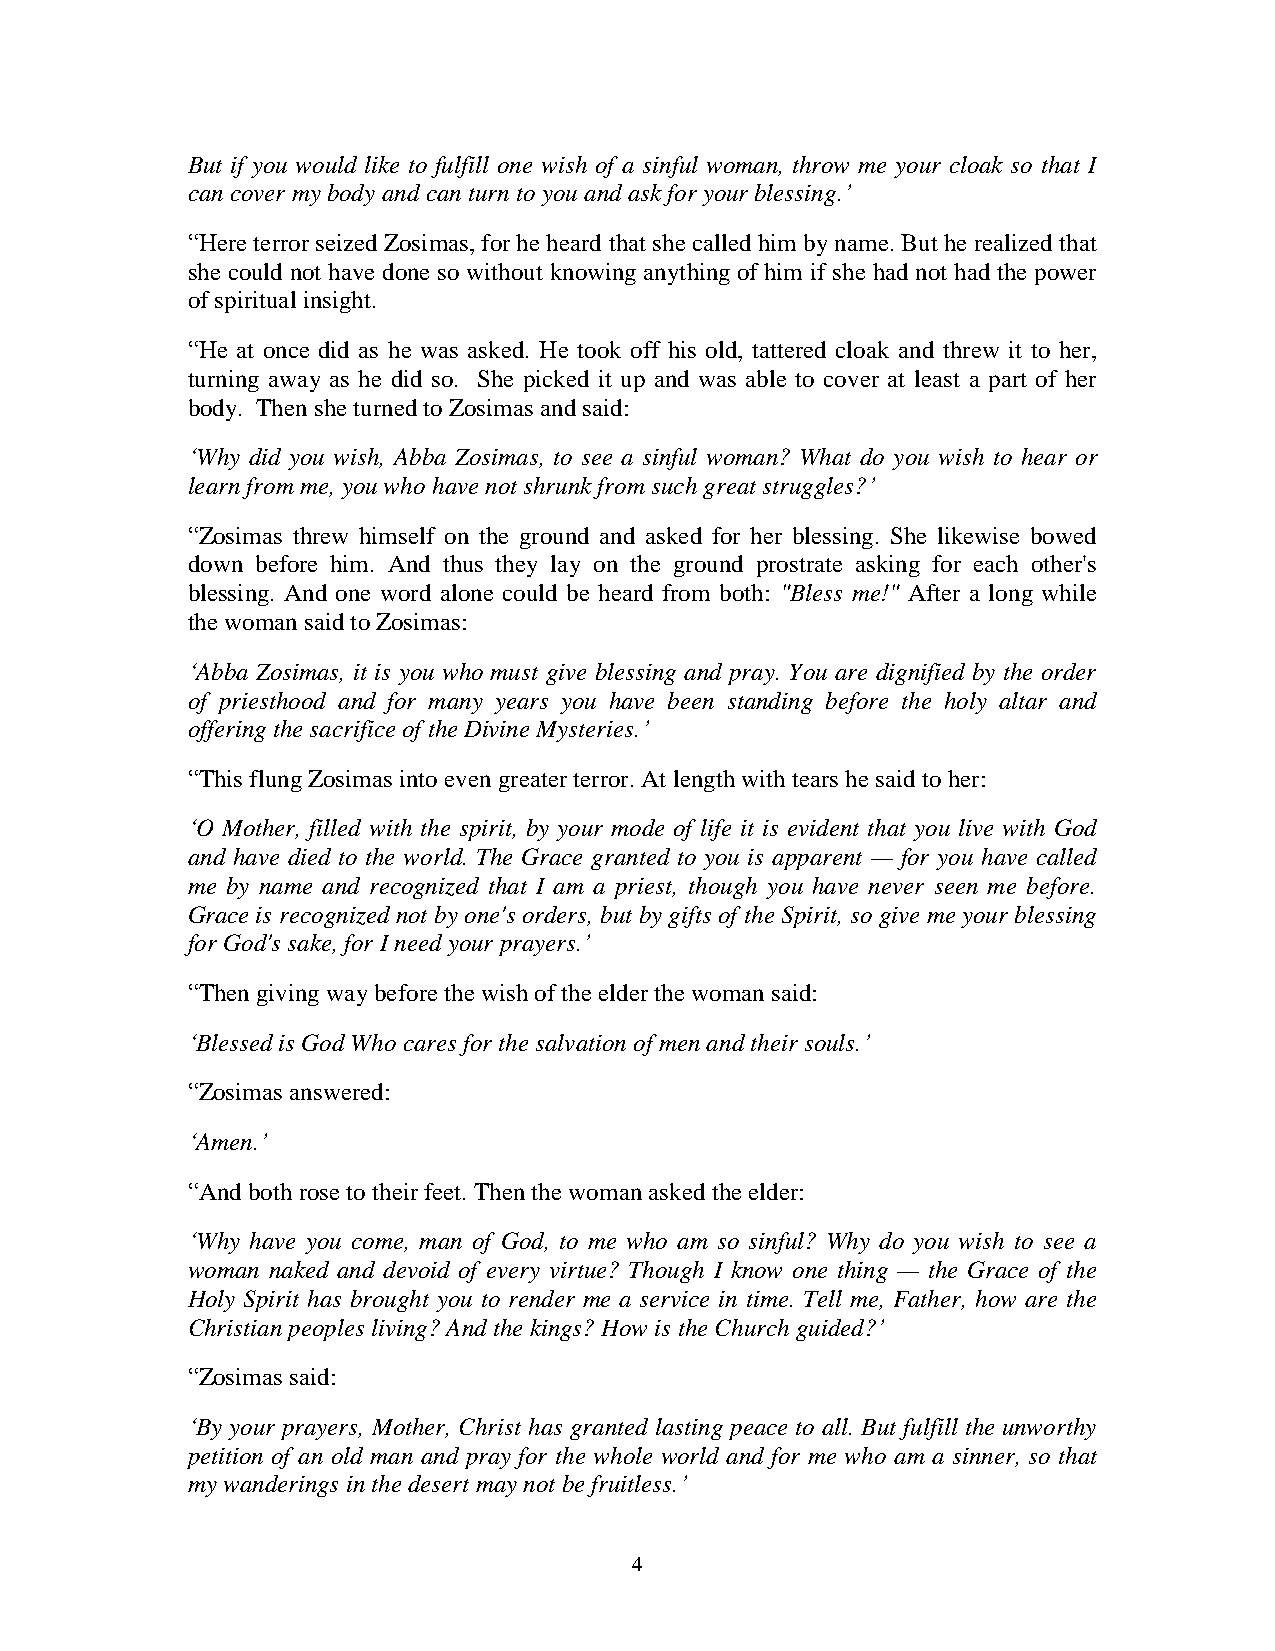
But if you would like to fulfill one wish of a sinful woman, throw me your cloak so that I
 can cover my body and can turn to you and ask for your blessing.’
 “Here terror seized Zosimas, for he heard that she called him by name. But he realized that
 she could not have done so without knowing anything of him if she had not had the power
 of spiritual insight.
 “He at once did as he was asked. He took off his old, tattered cloak and threw it to her,
 turning away as he did so. She picked it up and was able to cover at least a part of her
 body. Then she turned to Zosimas and said:
 ‘Why did you wish, Abba Zosimas, to see a sinful woman? What do you wish to hear or
 learn from me, you who have not shrunk from such great struggles?’
 “Zosimas threw himself on the ground and asked for her blessing. She likewise bowed
 down before him. And thus they lay on the ground prostrate asking for each other's
 blessing. And one word alone could be heard from both: "Bless me!" After a long while
 the woman said to Zosimas:
 ‘Abba Zosimas, it is you who must give blessing and pray. You are dignified by the order
 of priesthood and for many years you have been standing before the holy altar and
 offering the sacrifice of the Divine Mysteries.’
 “This flung Zosimas into even greater terror. At length with tears he said to her:
 ‘O Mother, filled with the spirit, by your mode of life it is evident that you live with God
 and have died to the world. The Grace granted to you is apparent — for you have called
 me by name and recognized that I am a priest, though you have never seen me before.
 Grace is recognized not by one's orders, but by gifts of the Spirit, so give me your blessing
 for God's sake, for I need your prayers.’
 “Then giving way before the wish of the elder the woman said:
 ‘Blessed is God Who cares for the salvation of men and their souls.’
 “Zosimas answered:
 ‘Amen.’
 “And both rose to their feet. Then the woman asked the elder:
 ‘Why have you come, man of God, to me who am so sinful? Why do you wish to see a
 woman naked and devoid of every virtue? Though I know one thing — the Grace of the
 Holy Spirit has brought you to render me a service in time. Tell me, Father, how are the
 Christian peoples living? And the kings? How is the Church guided?’
 “Zosimas said:
 ‘By your prayers, Mother, Christ has granted lasting peace to all. But fulfill the unworthy
 petition of an old man and pray for the whole world and for me who am a sinner, so that
 my wanderings in the desert may not be fruitless.’
 4